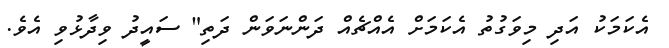
އެކަމަކު އަދި މިވަގުތު އެކަމަށް އެއްޗެއް ދަންނަވަން ދަތި" ސައީދު ވިދާޅުވި އެވެ.